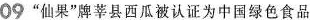
09”仙果”牌莘县西瓜被认证为中国绿色食品